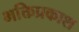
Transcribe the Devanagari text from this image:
भक्तिप्रकाश